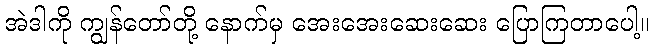
အဲဒါကို ကျွန်တော်တို့ နောက်မှ အေးအေးဆေးဆေး ပြောကြတာပေါ့။